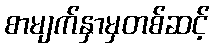
စာမျက်နှာမှတစ်ဆင့်